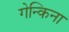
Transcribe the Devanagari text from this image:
गेन्किना